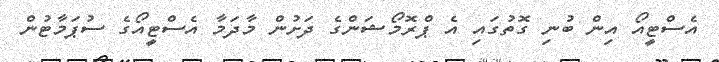
އެސްޓީއޯ އިން ބުނި ގޮތުގައި އެ ޕްރޮމޯޝަންގެ ދަށުން މާދަމާ އެސްޓީއޯގެ ސުޕަމާޓުން